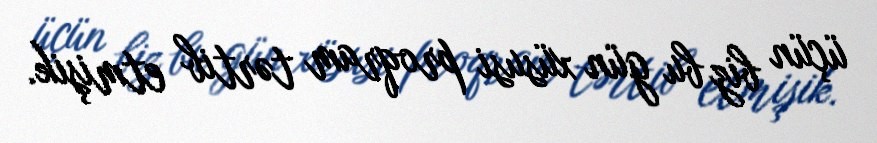
üçün biz bu gün xüsusi proqram tərtib etmişik.